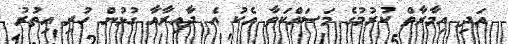
އަދި އިމާރާތް ކުރުމުގެ މަސައްކަތާ އެކު އެ ދާއިރާއާ ގުޅުން ހުރި އިތުރު